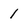
Character: 1